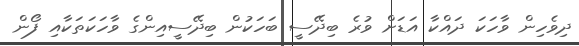
ދިވެހިން ވާހަކަ ދައްކާ އަޑަށް ވުރެ ބިދޭސީ ބަހަކުން ބިދޭސީއިންގެ ވާހަކަތަކާއި ފޯން